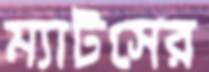
ম্যাটসের